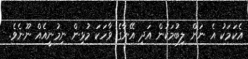
އެކަމަކު އެ ނަން ލިބުމަކުން އަދި އޭނާގެ ވާހަކަ މުޅިން ނިމުނީއެއް ނޫނެވެ.